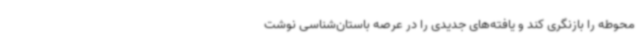
محوطه را بازنگری کند و یافته‌های جدیدی را در عرصه باستان‌شناسی نوشت